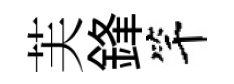
芙鋒竿